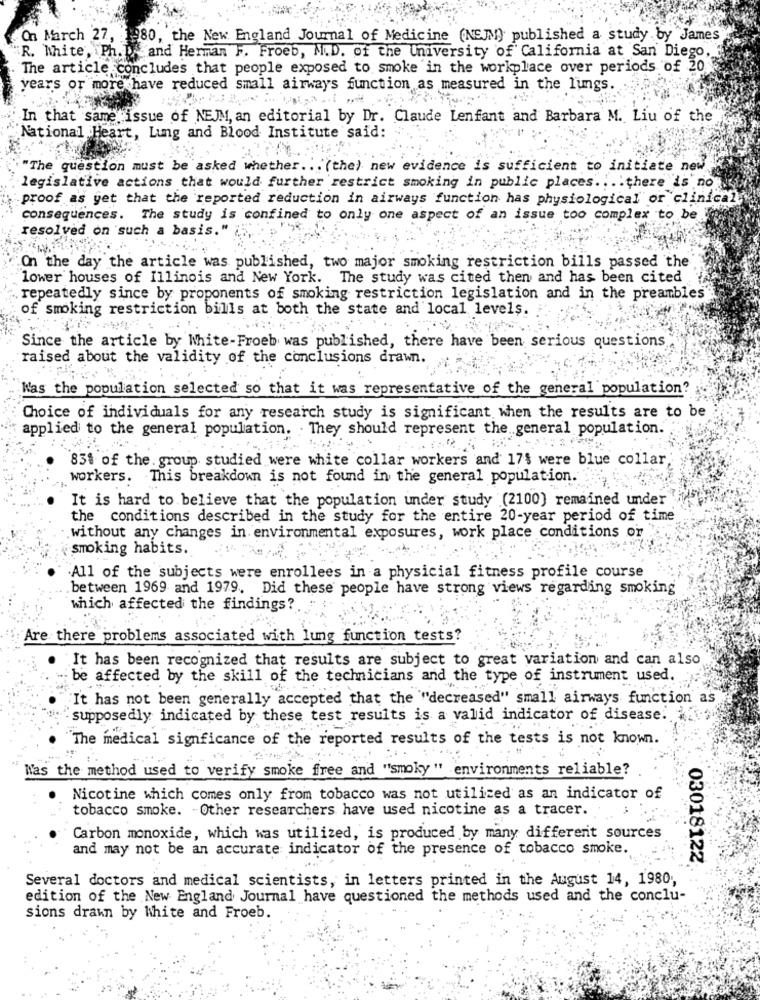
On March 27, 1980, the New England Journal of Medicine (NEJ) published a study by James
R. White, Ph. D. and Herman F. Froeb, M.D. of the University of California at San Diego,
The article concludes that people exposed to smoke in the workplace over periods of 20
years or more have reduced small airways function as measured in the lungs.
In that same issue of NEJM, an editorial by Dr. Claude Lenfant and Barbara M. Liu of the
National Heart, Lung and Blood Institute said:
"The question must be asked whether ... (the) new evidence is sufficient to initiate new
legislative actions that would further restrict smoking in public places .... there is no
proof as yet that the reported reduction in airways function has physiological or clinical
consequences. The study is confined to only one aspect of an issue too complex to be
resolved on such a basis.
On the day the article was published, two major smoking restriction bills passed the
lower houses of Illinois and New York. The study was cited then and has been cited
repeatedly since by proponents of smoking restriction legislation and in the preambles
of smoking restriction bills at both the state and local levels.
Since the article by White-Froeb was published, there have been serious questions
raised about the validity of the conclusions drawn.
Was the population selected so that it was representative of the general population?
Choice of individuals for any research study is significant when the results are to be
applied to the general population. . They should represent the general population.
83% of the group studied were white collar workers and 17$ were blue collar
workers. This breakdown is not found in the general population.
It is hard to believe that the population under study (2100) remained under
the conditions described in the study for the entire 20-year period of time
without any changes in environmental exposures, work place conditions or
smoking habits.
All of the subjects were enrollees in a physicial fitness profile course
between 1969 and 1979. Did these people have strong views regarding smoking
which affected the findings?
Are there problems associated with lung function tests?
It has been recognized that results are subject to great variation and can also
be affected by the skill of the technicians and the type of instrument used.
It has not been generally accepted that the "decreased" small airways function as
supposedly indicated by these test results is a valid indicator of disease. ..
The medical signficance of the reported results of the tests is not known.
Was the method used to verify smoke free and "smoky" environments reliable?
Nicotine which comes only from tobacco was not utilized as an indicator of
tobacco smoke. Other researchers have used nicotine as a tracer.
Carbon monoxide, which was utilized, is produced by many different sources
and may not be an accurate indicator of the presence of tobacco smoke.
03018122
Several doctors and medical scientists, in letters printed in the August 14, 1980,
edition of the New England Journal have questioned the methods used and the conclu-
sions drawn by White and Froeb.